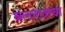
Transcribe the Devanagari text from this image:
बल्लाळचा